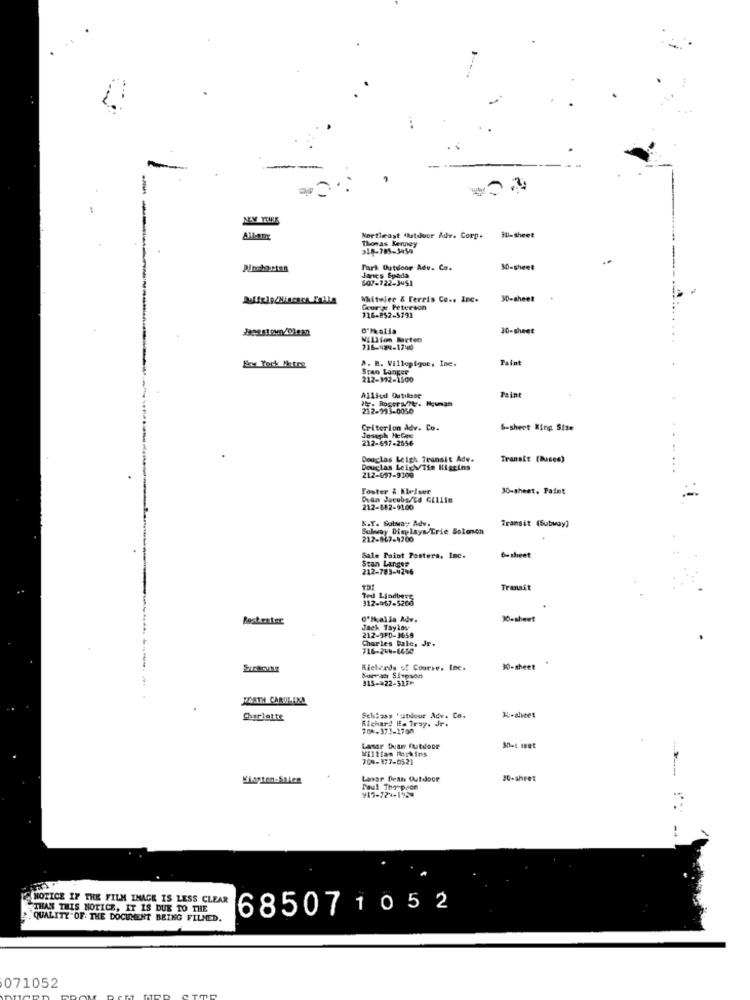
AILATIX
Kertleast flatdoor Adv. Corp.
Thomas Kemwey
BU-sheet
318-785-3459
Pinshorten
Tark: Outdoor Adv. Co.
10-sheet
607-722-3451
Janes Spada
Witwier & Ferris Co ., Inc.
30-sheet
Cour Peterson
716-852-5791
30-sheet
Million Marten
716-484-1740
A. B. Villepique, Inc.
falat
Erv York Metre
Stan Langer
212-312-1500
Allied Outilase
Paint
212-933-0050
Criterion Adv. Co.
S-sheet King Size
Joseph Hebre
212-657-2556
Douglas Leigh Transit Adv.
Transit (buses)
Douglas LeigV/Tin Higgins
212-497-9100
Foster & Kleiser
30-sheet, Paint
-
Dien Jacobs/td Gillis
212-882-9100
K.Y. Salva- Adv.
Subway Displays Trie Solonon
Transit (Subvoy)
212-867-4700
Sale Taint Posters, Inc.
Stan Langes
6a sheet
212-783-4296
TDI
Transit
Ted Lindberg
112-967-5206
Rost enter
10-sheet
Jack Tayla
212-9FD-3659
Charles Dale, Jr.
716-244-6450
Rietreds of Course, Inc.
30-sheet
--
Norrah Simpson
315->22-317⑈
MASTH CAROLINA
Charlotte
Schiass tustlour Adv. Co.
Richard Ha Tray. Jr.
70 *- 373-1700
Lasar than cutdone
William Markins
700-177-0521
Lavar Dean Outdoor
30-Sheet
Paul Thompson
915-724-12
-4
NOTICE IF THE FILM IMAGE IS LESS CLEAR
THAN THIS NOTICE, IT IS DUE TO THE
685071052
QUALITY OF. THE DOCUMENT BEING FILMED.
071052